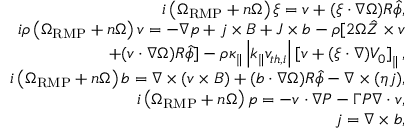
\begin{array} { r l r } & { } & { i \left( \Omega _ { \mathrm { R M P } } + n \Omega \right) \xi = v + ( \xi \cdot \nabla \Omega ) R \hat { \phi } , } \\ & { } & { i \rho \left( \Omega _ { \mathrm { R M P } } + n \Omega \right) v = - \nabla p + j \times B + J \times b - \rho [ 2 \Omega \hat { Z } \times v } \\ & { } & { \qquad + ( v \cdot \nabla \Omega ) R \hat { \phi } ] - \rho \kappa _ { \| } \left| k _ { \| } v _ { t h , i } \right| \left[ v + ( \xi \cdot \nabla ) V _ { 0 } \right] _ { \| } , } \\ & { } & { i \left( \Omega _ { \mathrm { R M P } } + n \Omega \right) b = \nabla \times ( v \times B ) + ( b \cdot \nabla \Omega ) R \hat { \phi } - \nabla \times ( \eta j ) , } \\ & { } & { i \left( \Omega _ { \mathrm { R M P } } + n \Omega \right) p = - v \cdot \nabla P - \Gamma P \nabla \cdot v , } \\ & { } & { j = \nabla \times b , } \end{array}